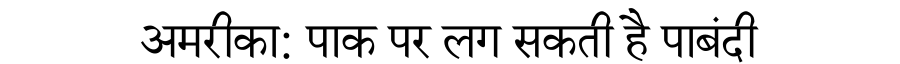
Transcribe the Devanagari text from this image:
अमरीका: पाक पर लग सकती है पाबंदी